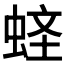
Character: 𧋧